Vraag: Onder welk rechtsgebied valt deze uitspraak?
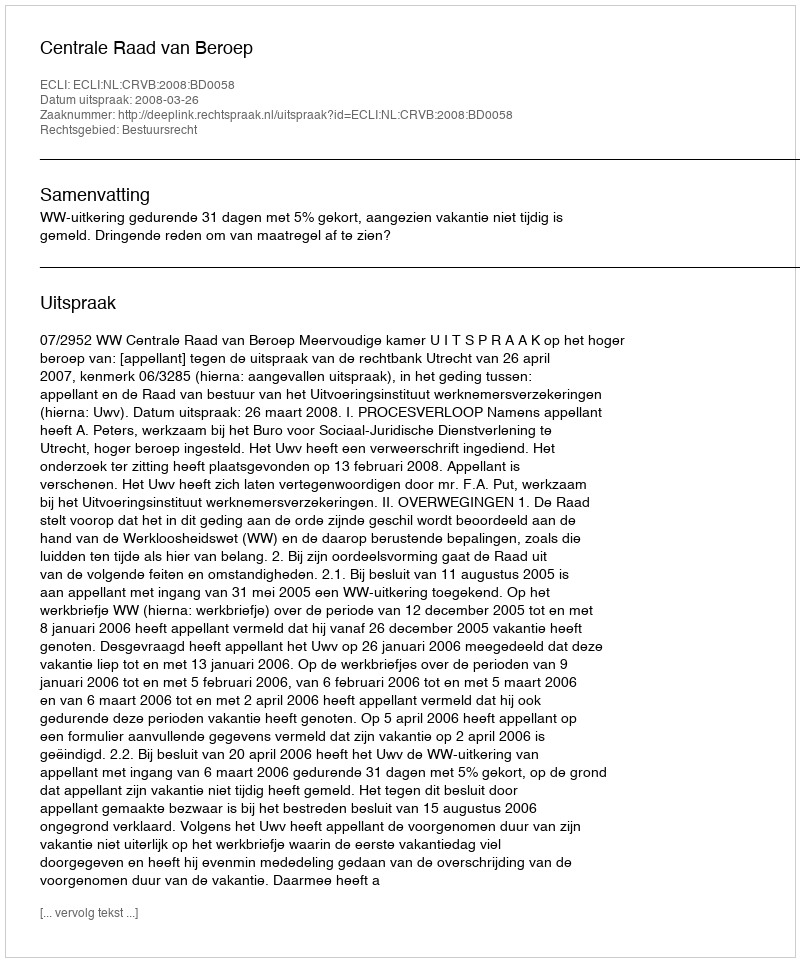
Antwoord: Bestuursrecht